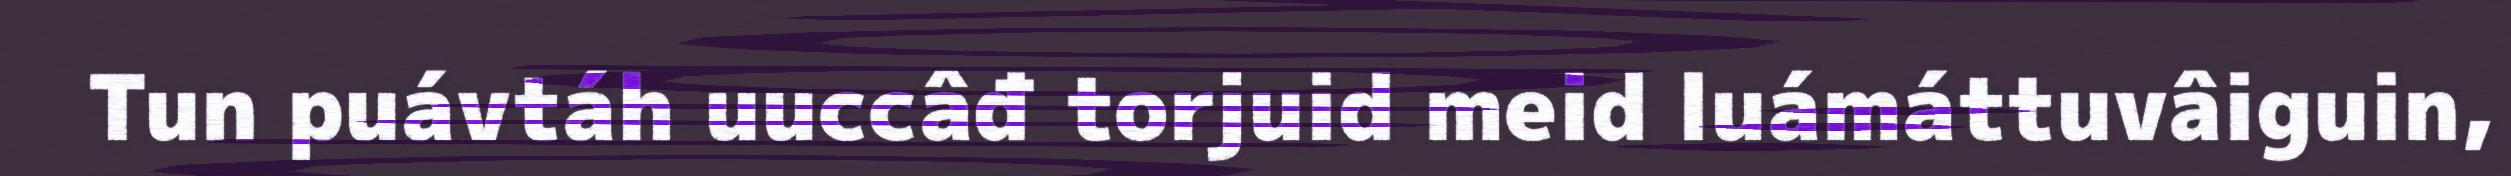
Tun puávtáh uuccâđ torjuid meid luámáttuvâiguin,